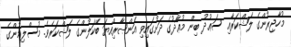
މުހާޖިރުންގެ ލަޝްކަރާއި ސަޢުދު ބިން މުޢާޛުގެ ދަށުގައިވި އަންޞާރިއްޔަ ބޭކަލުންގެ ލަޝްކަރެވެ. މުސްލިމުންގެ